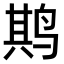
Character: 𫛰